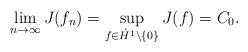
LaTeX: \begin{align*} \lim_{n\to\infty}J(f_n)=\sup_{f\in \dot{H}^1\setminus\{0\}}J(f)=C_0. \end{align*}